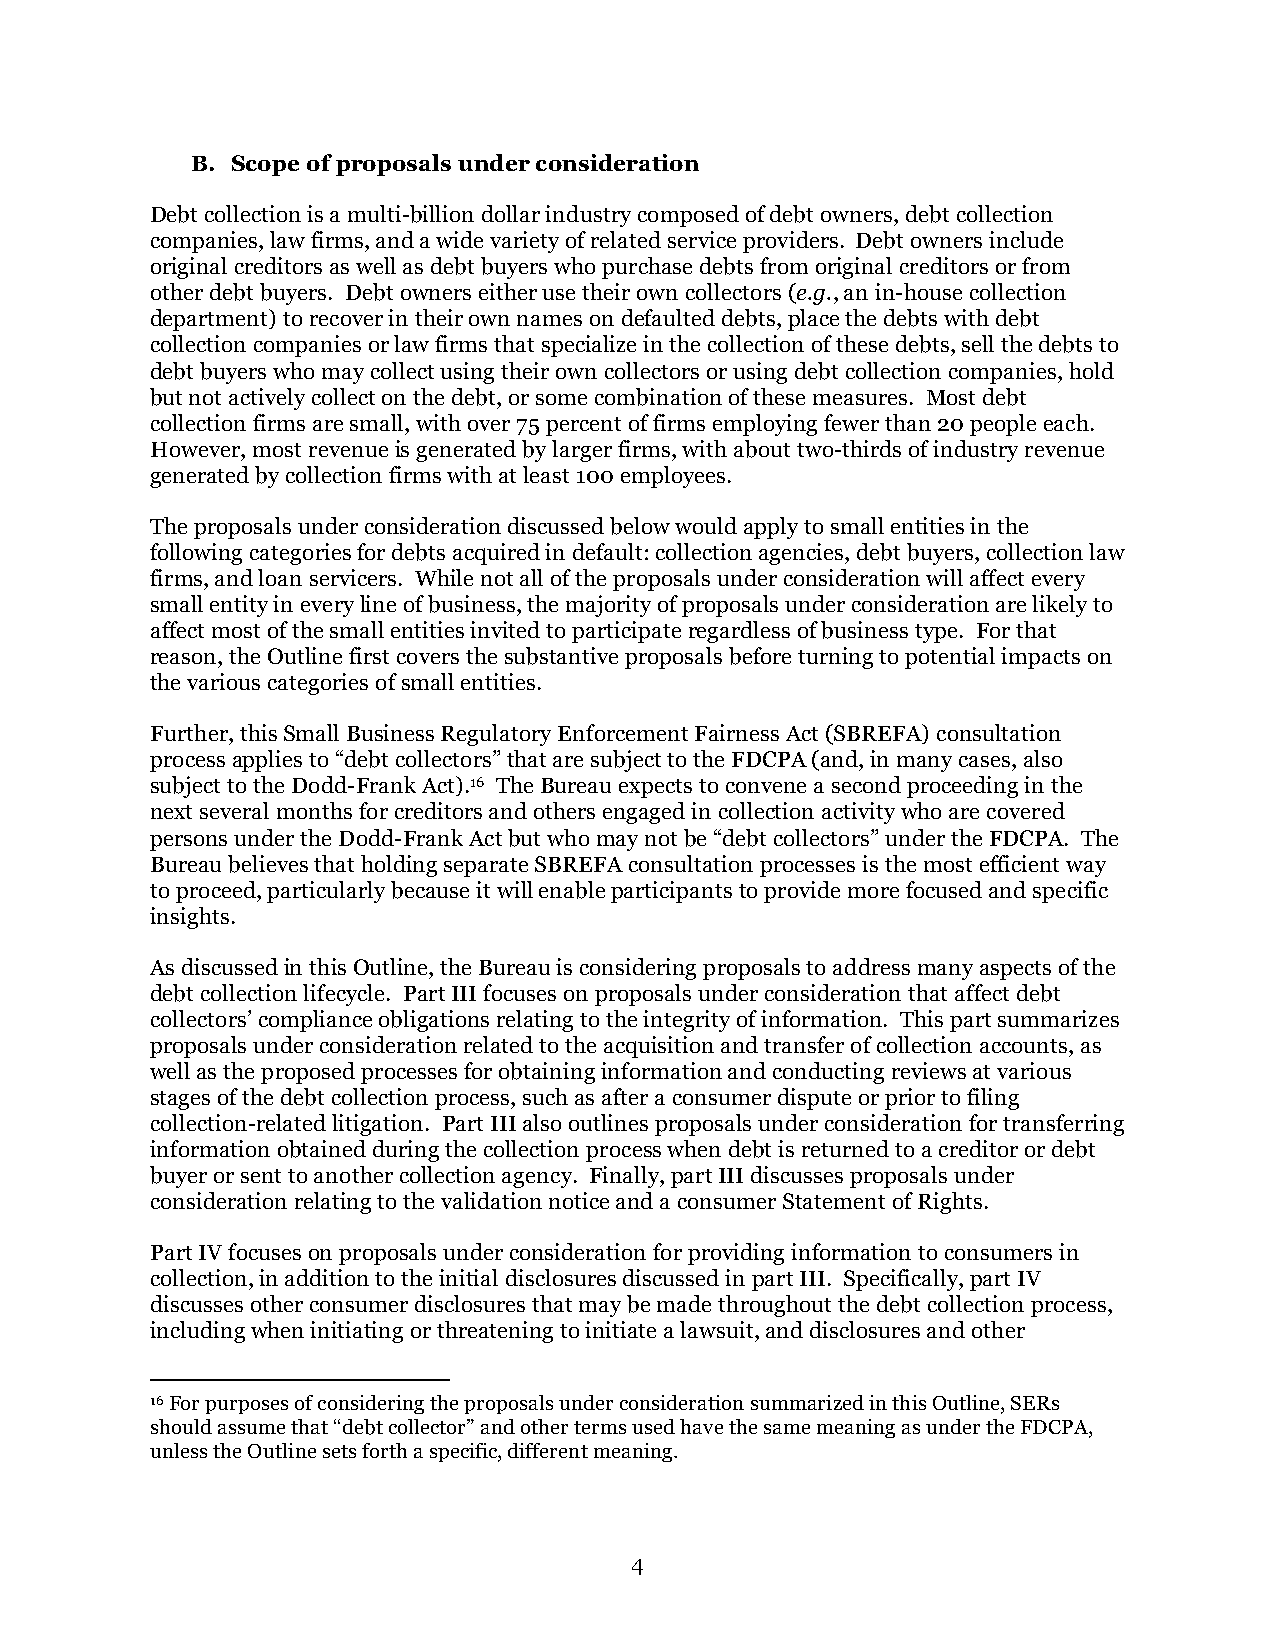
B. Scope of proposals under consideration
 Debt collection is a multi-billion dollar industry composed of debt owners, debt collection
 companies, law firms, and a wide variety of related service providers. Debt owners include
 original creditors as well as debt buyers who purchase debts from original creditors or from
 other debt buyers. Debt owners either use their own collectors (e.g., an in-house collection
 department) to recover in their own names on defaulted debts, place the debts with debt
 collection companies or law firms that specialize in the collection of these debts, sell the debts to
 debt buyers who may collect using their own collectors or using debt collection companies, hold
 but not actively collect on the debt, or some combination of these measures. Most debt
 collection firms are small, with over 75 percent of firms employing fewer than 20 people each.
 However, most revenue is generated by larger firms, with about two-thirds of industry revenue
 generated by collection firms with at least 100 employees.
 The proposals under consideration discussed below would apply to small entities in the
 following categories for debts acquired in default: collection agencies, debt buyers, collection law
 firms, and loan servicers. While not all of the proposals under consideration will affect every
 small entity in every line of business, the majority of proposals under consideration are likely to
 affect most of the small entities invited to participate regardless of business type. For that
 reason, the Outline first covers the substantive proposals before turning to potential impacts on
 the various categories of small entities.
 Further, this Small Business Regulatory Enforcement Fairness Act (SBREFA) consultation
 process applies to “debt collectors” that are subject to the FDCPA (and, in many cases, also
 subject to the Dodd-Frank Act).16 The Bureau expects to convene a second proceeding in the
 next several months for creditors and others engaged in collection activity who are covered
 persons under the Dodd-Frank Act but who may not be “debt collectors” under the FDCPA. The
 Bureau believes that holding separate SBREFA consultation processes is the most efficient way
 to proceed, particularly because it will enable participants to provide more focused and specific
 insights.
 As discussed in this Outline, the Bureau is considering proposals to address many aspects of the
 debt collection lifecycle. Part III focuses on proposals under consideration that affect debt
 collectors’ compliance obligations relating to the integrity of information. This part summarizes
 proposals under consideration related to the acquisition and transfer of collection accounts, as
 well as the proposed processes for obtaining information and conducting reviews at various
 stages of the debt collection process, such as after a consumer dispute or prior to filing
 collection-related litigation. Part III also outlines proposals under consideration for transferring
 information obtained during the collection process when debt is returned to a creditor or debt
 buyer or sent to another collection agency. Finally, part III discusses proposals under
 consideration relating to the validation notice and a consumer Statement of Rights.
 Part IV focuses on proposals under consideration for providing information to consumers in
 collection, in addition to the initial disclosures discussed in part III. Specifically, part IV
 discusses other consumer disclosures that may be made throughout the debt collection process,
 including when initiating or threatening to initiate a lawsuit, and disclosures and other
 16 For purposes of considering the proposals under consideration summarized in this Outline, SERs
 should assume that “debt collector” and other terms used have the same meaning as under the FDCPA,
 unless the Outline sets forth a specific, different meaning.
 4